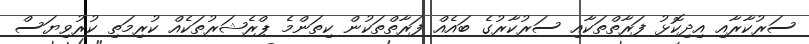
ސަރުކާރާއި އިދިކޮޅު ފަރާތްތަކާއި ސަރުކާރުގެ ބައެއް ފަރާތްތަކުން ކިތަންމެ ޕްރެޝަރުތަކެއް ކުރިމަތި ކުރުވިޔަސް